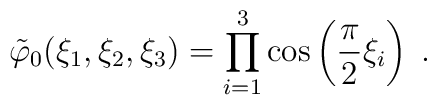
\tilde{\varphi}_0(\xi_1,\xi_2,\xi_3)=\prod_{i=1}^{3}\cos\left(\frac{\pi}{2}\xi_i\right)\;.